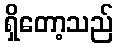
ရှိတော့သည်